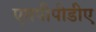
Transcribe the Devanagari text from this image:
एमपीपीडीए